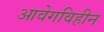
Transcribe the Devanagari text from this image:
आवेगविहीन